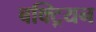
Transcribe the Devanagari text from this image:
बक्ट्रियन